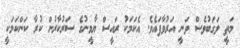
މަތީ ލަގަބުވެސް ވަނީ އަރުވާފައެވެ. އެކަމަކު ރައީސް ޔާމީނުގެ ސަރުކާރުން ކުރާ ކަންކަމަކީ